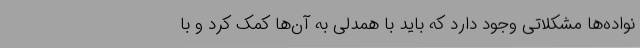
نواده‌ها مشکلاتی وجود دارد که باید با همدلی به آن‌ها کمک کرد و با